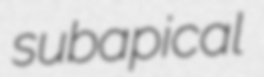
subapical